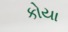
કોયા